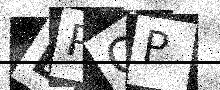
Text: DPQP